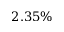
2 . 3 5 \%